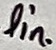
Text: lin.